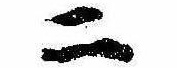
二